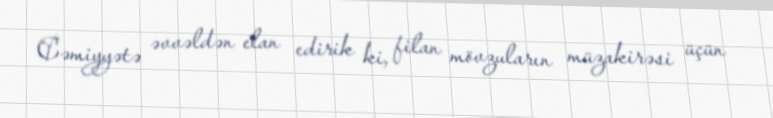
Cəmiyyətə əvvəldən elan edirik ki, filan mövzuların müzakirəsi üçün